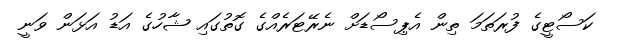
ކަސޯޓީގެ ފުރަތަމަ ތިން އެޕިސޯޑަށް ނެރޭޓަރެއްގެ ގޮތުގައި ޝާހުގެ އަޑު އަޅަން ވަނީ